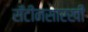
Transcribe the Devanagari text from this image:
सँटीनसारखी